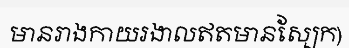
មានរាងកាយរងាលឥតមានស្បែក)